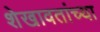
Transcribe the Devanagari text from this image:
शेखावतांच्या